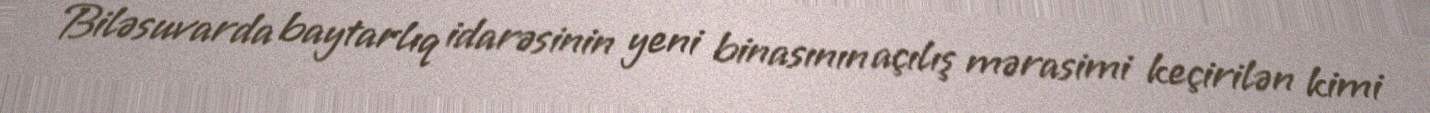
Biləsuvarda baytarlıq idarəsinin yeni binasının açılış mərasimi keçirilən kimi